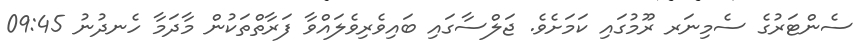
ސެންޓަރުގެ ސެމިނަރ ރޫމުގައި ކަމަށެވެ. ޖަލްސާގައި ބައިވެރިވެލައްވާ ފަރާތްތަކުން މާދަމާ ހެނދުނު 09:45